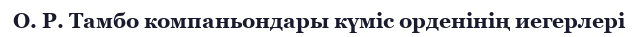
О. Р. Тамбо компаньондары күміс орденінің иегерлері